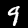
Digit: 9